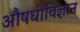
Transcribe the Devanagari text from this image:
औषधीविज्ञान